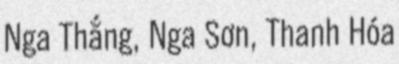
Nga Thắng, Nga Sơn, Thanh Hóa